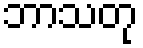
ဘာသတု